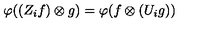
\varphi ( ( Z _ { i } f ) \otimes g ) = \varphi ( f \otimes ( U _ { i } g ) )